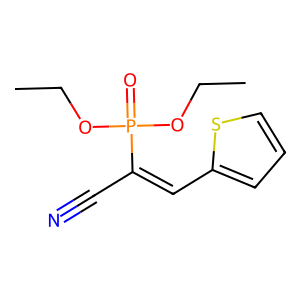
SMILES: CCOP(=O)(OCC)C(C#N)=Cc1cccs1
Inhibits HIV replication: No